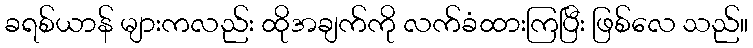
ခရစ်ယာန် များကလည်း ထိုအချက်ကို လက်ခံထားကြပြီး ဖြစ်လေ သည်။